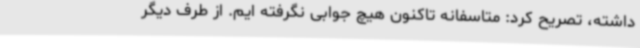
داشته، تصریح کرد: متاسفانه تاکنون هیچ جوابی نگرفته ایم. از طرف دیگر